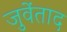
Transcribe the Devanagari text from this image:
जुवेंताद